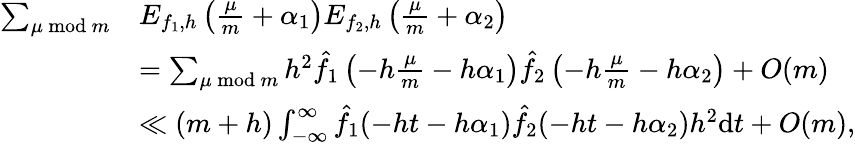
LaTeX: \begin{array}{rl}{\sum_{\mu\bmod m}}&{E_{f_{1},h}\left(\frac{\mu}{m}+\alpha_{1}\right)E_{f_{2},h}\left(\frac{\mu}{m}+\alpha_{2}\right)}\\ &{=\sum_{\mu\bmod m}h^{2}\hat{f_{1}}\left(-h\frac{\mu}{m}-h\alpha_{1}\right)\hat{f_{2}}\left(-h\frac{\mu}{m}-h\alpha_{2}\right)+O(m)}\\ &{\ll(m+h)\int_{-\infty}^{\infty}\hat{f_{1}}(-ht-h\alpha_{1})\hat{f_{2}}(-ht-h\alpha_{2})h^{2}\mathrm{d}t+O(m),}\end{array}